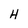
Character: H